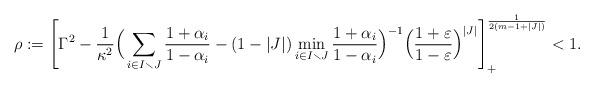
LaTeX: \begin{align*}\rho :=\left[\Gamma^2 -\frac{1}{\kappa^2}\Big(\sum_{i\in I\smallsetminus J}\frac{1+\alpha_i}{1-\alpha_i} -(1-|J|)\min_{i\in I\smallsetminus J}\frac{1+\alpha_i}{1-\alpha_i}\Big)^{-1}\Big(\frac{1 +\varepsilon}{1 -\varepsilon}\Big)^{|J|}\right]_+^{\frac{1}{2(m-1+|J|)}} <1. \end{align*}